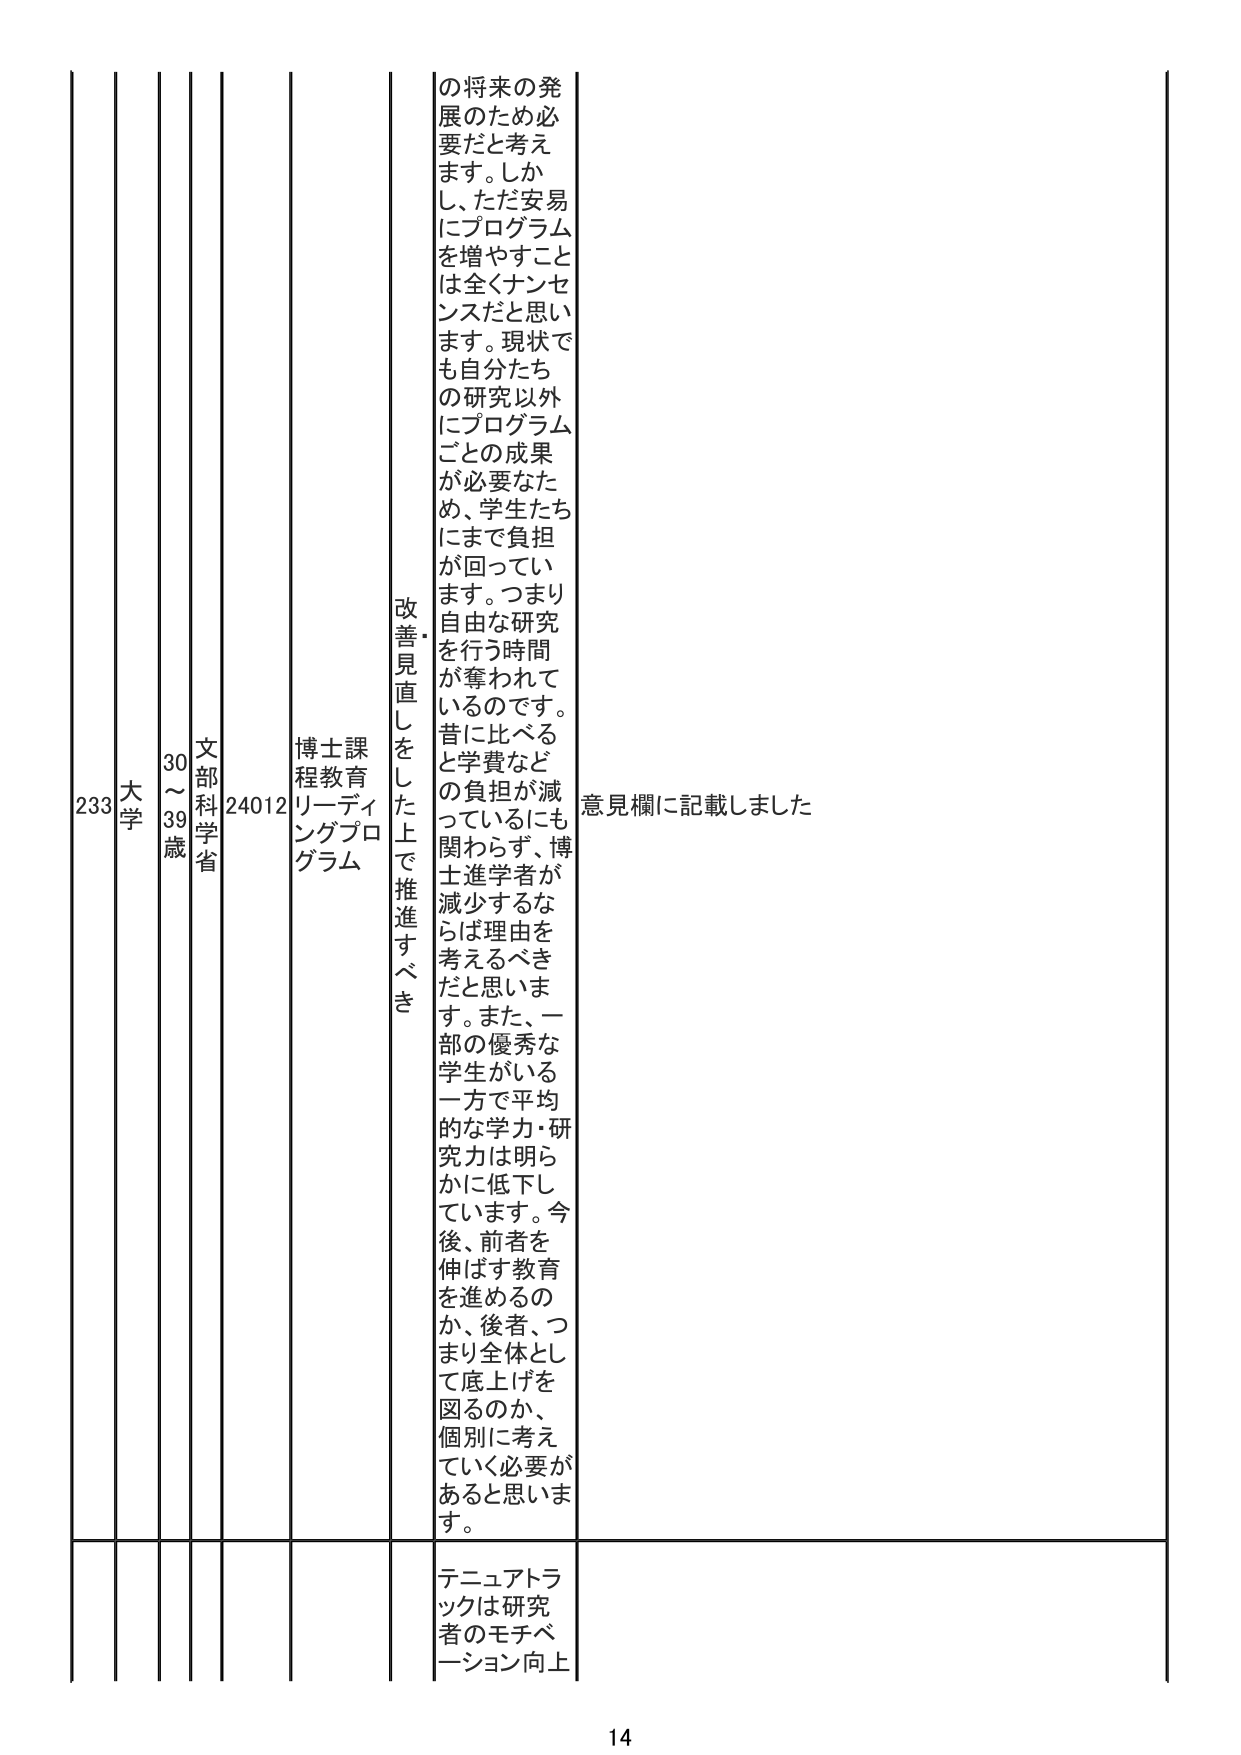
233 大学 30～39歳 文部科学省 24012 博士課程教育リーディングプログラム 改善・見直しをした上で推進すべき の将来の発展のため必要だと考えます。しかし、ただ安易にプログラムを増やすことは全くナンセンスだと思います。現状でも自分たちの研究以外にプログラムごとの成果が必要なため、学生たちにまで負担が回っています。つまり自由な研究を行う時間が奪われているのです。昔に比べると学費などの負担が減っているにも関わらず、博士進学者が減少するならば理由を考えるべきだと思います。また、一部の優秀な学生がいる一方で平均的な学力・研究力は明らかに低下しています。今後、前者を伸ばす教育を進めるのか、後者、つまり全体として底上げを図るのか、個別に考えていく必要があると思います。 意見欄に記載しました テニュアトラックは研究者のモチベーション向上 14